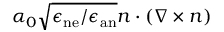
\alpha _ { 0 } \sqrt { { { \epsilon _ { \mathrm { n e } } } / { \epsilon _ { \mathrm { a n } } } } } \boldsymbol { n } \cdot \left( \nabla \times \boldsymbol { n } \right)